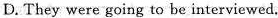
D.They were going to be interviewed.